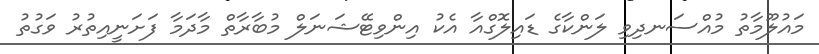
މައުލޫމާތު މުއްސަނދިވި ލަންކާގެ ޑައިލޮގްއާ އެކު އިންވިޓޭޝަނަލް މުބާރާތް މާދަމާ ފަށަނީއިތުރު ވަގުތު